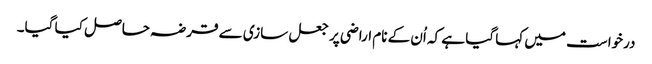
درخواست میں کہا گیا ہے کہ اُن کے نام اراضی پر جعل سازی سے قرضہ حاصل کیا گیا۔